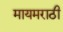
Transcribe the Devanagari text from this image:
मायमराठी